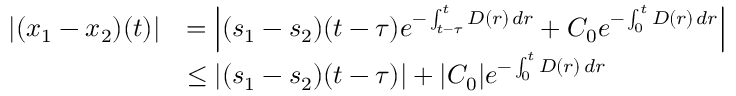
\begin{array} { r l } { | ( x _ { 1 } - x _ { 2 } ) ( t ) | } & { = \left| ( s _ { 1 } - s _ { 2 } ) ( t - \tau ) e ^ { - \int _ { t - \tau } ^ { t } D ( r ) \, d r } + C _ { 0 } e ^ { - \int _ { 0 } ^ { t } D ( r ) \, d r } \right| } \\ & { \leq \left| ( s _ { 1 } - s _ { 2 } ) ( t - \tau ) \right| + | C _ { 0 } | e ^ { - \int _ { 0 } ^ { t } D ( r ) \, d r } } \end{array}